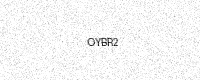
Text: OYBR2